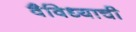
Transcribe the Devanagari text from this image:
वैविध्याची